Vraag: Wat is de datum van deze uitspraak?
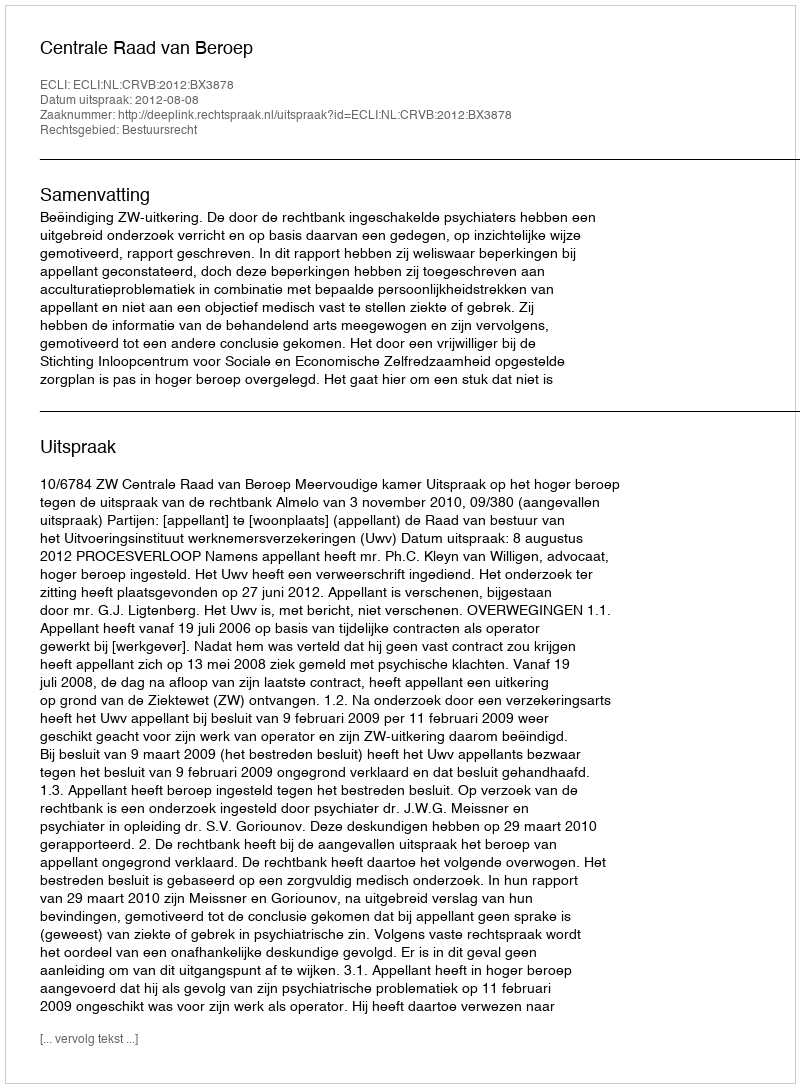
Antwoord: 2012-08-08